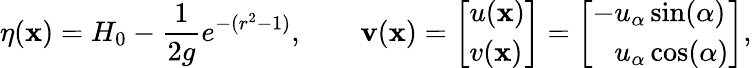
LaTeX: \eta(\mathbf{x})=H_{0}-\frac{1}{2g}e^{-(r^{2}-1)},\qquad\mathbf{v}(\mathbf{x})=\left[\begin{array}{l}{u(\mathbf{x})}\\ {v(\mathbf{x})}\end{array}\right]=\left[\begin{array}{l}{-u_{\alpha}\sin(\alpha)}\\ {\phantom{-}u_{\alpha}\cos(\alpha)}\end{array}\right],